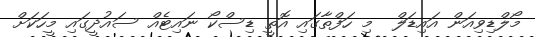
މޯލްޑިވިއަން އައިޑަލް  މި ހަފްތާގައި އޮތީ ޑިސްކޯ ނައިޓެއް ސައުދީގައި މީހަކަށް